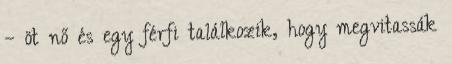
– öt nő és egy férfi találkozik, hogy megvitassák